Vaccination in Bombay 1889-1901 - 1889-1901
Year: 1889
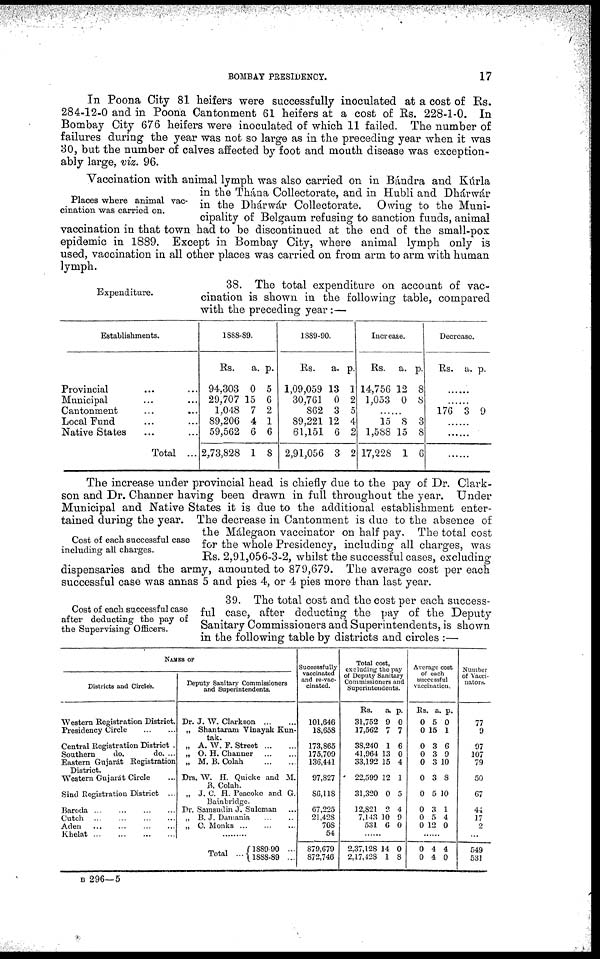
BOMBAY PRESIDENCY.
17
In Poona City 81 heifers were successfully inoculated at a cost of Rs.
284-12-0 and in Poona Cantonment 61 heifers at a cost of Rs. 228-1-0. In
Bombay City 676 heifers were inoculated of which 11 failed. The number of
failures during the year was not so large as in the preceding year when it was
30, but the number of calves affected by foot and mouth disease was exception-
ably large, viz. 96.
Places where animal vac-
cination was carried on.
Vaccination with animal lymph was also carried on in Bándra and Kúrla
in the Thána Collectorate, and in Hubli and Dhárwár
in the Dhárwár Collectorate. Owing to the Muni-
cipality of Belgaum refusing to sanction funds, animal
vaccination in that town had to be discontinued at the end of the small-pox
epidemic in 1889. Except in Bombay City, where animal lymph only is
used, vaccination in all other places was carried on from arm to arm with human
lymph.
Expenditure.
38. The total expenditure on account of vac-
cination is shown in the following table, compared
with the preceding year :—
Establishments.
Provincial ... ...
Municipal ... ...
Cantonment
...
...
Local Fund ... ...
Native States ... ...
Total ...
1888-89.
Rs.
94,303
29,707
1,048
89,206
59,562
2,73,828
a.
0
15
7
4
6
1
p.
5
6
2
1
6
8
1889-90.
Rs.
1,09,059
30,761
862
89,221
61,151
2,91,056
a.
13
0
3
12
6
3
p.
1
2
5
4
2
2
Increase.
Rs.
14,756
1,053
a.
12
0
p.
8
8
......
15
1,588
17,228
8
15
1
3
8
6
Decrease.
Rs.
a. p.
......
......
176 3 9
......
......
......
Cost of each successful case
including all charges.
The increase under provincial head is chiefly due to the pay of Dr. Clark-
son and Dr. Channer having been drawn in full throughout the year. Under
Municipal and Native States it is due to the additional establishment enter-
tained during the year. The decrease in Cantonment is due to the absence of
the Málegaon vaccinator on half pay. The total cost
for the whole Presidency, including all charges, was
Rs. 2,91,056-3-2, whilst the successful cases, excluding
dispensaries and the army, amounted to 879,679. The average cost per each
successful case was annas 5 and pies 4, or 4 pies more than last year.
Cost of each successful case
after deducting the pay of
the Supervising Officers.
39. The total cost and the cost per each success-
ful case, after deducting the pay of the Deputy
Sanitary Commissioners and Superintendents, is shown
in the following table by districts and circles :—
NAMES OF
Districts and Circles.
Western Registration District.
Presidency Circle
...
...
Central Registration District .
Southern
do.
do. ...
Eastern Gujarát Registration
District.
Western Gujarát Circle ...
Sind Registration District ...
Baroda
...
...
...
...
Cutch ...
...
...
...
Aden
...
...
...
...
Khelat
...
...
...
...
Deputy Sanitary Commissioners
and Superintendents.
Dr. J. W. Clarkson
...
...
„ Shantaram Vinayak Kun-
tak.
„ A. W. F. Street ... ...
„ O. H. Channer
...
...
„ M. B. Colah
...
...
Drs. W. H. Quicke and M.
B. Colah.
„ J. C. H. Peacoke and G.
Bainbridge.
Dr. Samsudin J. Suleman ...
„ B. J. Damania
...
...
„ C. Monks
...
...
...
.........
Total ...
1889-90 ...
l888-89 ...
Successfully
vaccinated
and re-vac-
cinated.
101,646
18,658
173,865
175,709
136,441
97,827
86,118
67,225
21,428
708
54
879,679
872,746
Total cost,
excluding the pay
of Deputy Sanitary
Commissioners and
Superintendents.
Rs.
31,752
17,562
38,240
41,964
33,192
22,599
31,320
12,821
7,143
531
a.
9
7
1
13
15
12
0
2
10
6
p.
0
7
6
0
4
1
5
4
9
0
......
2,37,128
2,17,428
14
1
0
8
Average cost
of each
successful
vaccination.
Rs.
0
0
0
0
0
0
0
0
0
0
a.
5
15
3
3
3
3
5
3
5
12
p.
0
1
6
9
10
8
10
1
4
0
......
0
0
4
4
4
0
Number
of Vacci-
nators.
77
9
97
107
79
50
67
44
17
2
...
549
531
B 296—5